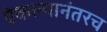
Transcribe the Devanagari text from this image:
ऐकल्यानंतरच